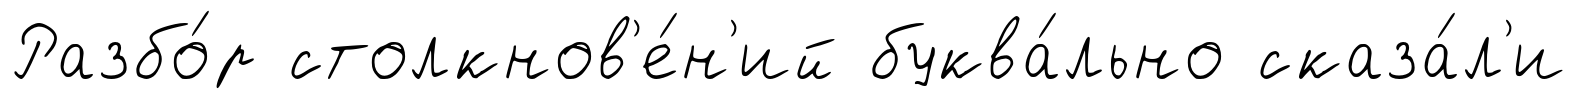
Разбо́р столкнов'е́н'ий буква́льно сказа́л'и